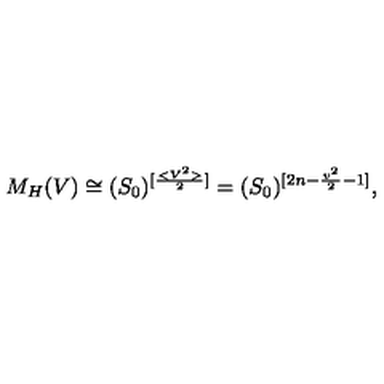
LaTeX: M _ { H } ( V ) \cong ( S _ { 0 } ) ^ { [ \frac { < V ^ { 2 } > } { 2 } ] } = ( S _ { 0 } ) ^ { [ 2 n - \frac { v ^ { 2 } } { 2 } - 1 ] } ,